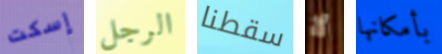
إسكت الرجل سقطنا لا بأمكانها